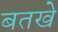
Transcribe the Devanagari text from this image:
बतखे